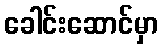
ခေါင်းဆောင်မှာ